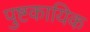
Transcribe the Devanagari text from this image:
पुष्टकायिक